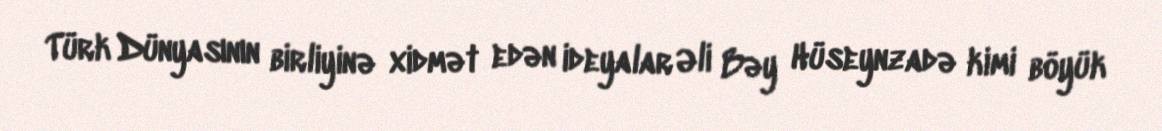
Türk Dünyasının birliyinə xidmət edən ideyalar Əli Bəy Hüseynzadə kimi böyük